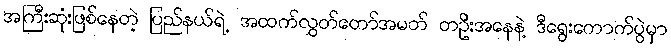
အကြီးဆုံးဖြစ်နေတဲ့ ပြည်နယ်ရဲ့ အထက်လွှတ်တော်အမတ် တဦးအနေနဲ့ ဒီရွေးကောက်ပွဲမှာ